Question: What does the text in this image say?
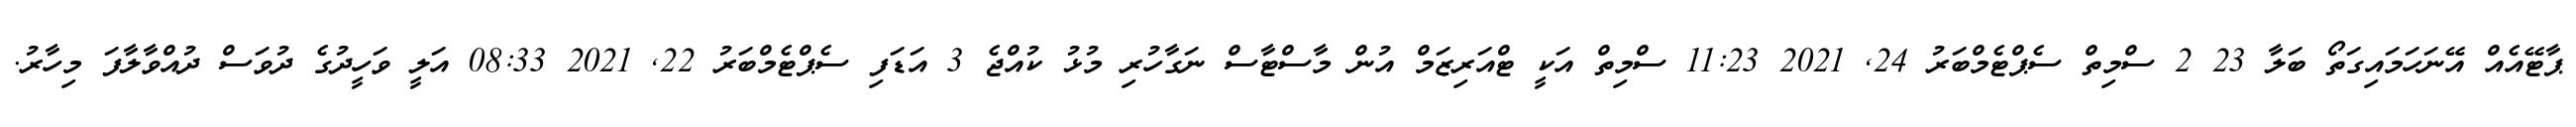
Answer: ޕާޓޭއެއް އޭނަހަމައިގަތޯ ބަލާ 23 2 ސްމިތް ސެޕްޓެމްބަރު 24, 2021 11:23 ސްމިތް އަކީ ޓްއަރިޒަމް އުން މާސްޓާސް ނަގާހުރި މުޅު ކުއްޖެ 3 އަޑަފި ސެޕްޓެމްބަރު 22, 2021 08:33 އަލީ ވަހީދުގެ ދުވަސް ދުއްވާލާފަ މިހާރު.